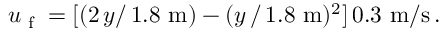
u _ { \textup { f } } = [ ( 2 \, y / \, 1 . 8 ~ \mathrm { m } ) - ( y \, / \, 1 . 8 ~ \mathrm { m } ) ^ { 2 } ] \, 0 . 3 ~ \mathrm { m / s } \, .